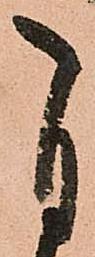
自